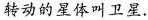
转动的星体叫卫星。